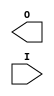
// $Header: /devl/xcs/repo/env/Databases/CAEInterfaces/xec_libs/data/unisims/BUFIO.v,v 1.1 2005/05/10 01:20:03 wloo Exp $

`timescale  100 ps / 10 ps

module BUFIO (O, I);

    output O;
    input  I;

endmodule